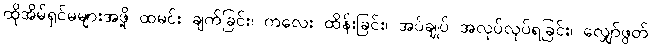
ထိုအိမ်ရှင်မများအဖို့ ထမင်း ချက်ခြင်း၊ ကလေး ထိန်းခြင်း၊ အပ်ချုပ် အလုပ်လုပ်ရခြင်း၊ လျှော်ဖွတ်